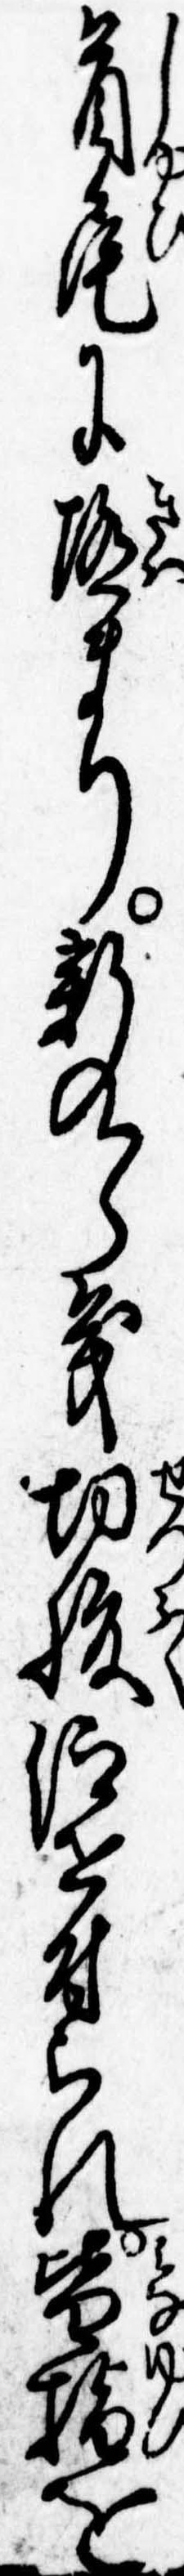
首尾に極まり新九郎義切腹仰せ付られ皆指を